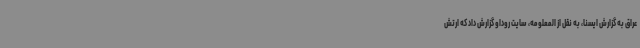
عراق به گزارش ایسنا، به نقل از المعلومه، سایت روداو گزارش داد که ارتش